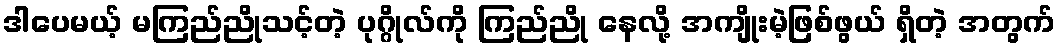
ဒါပေမယ့် မကြည်ညိုသင့်တဲ့ ပုဂ္ဂိုလ်ကို ကြည်ညို နေလို့ အကျိုးမဲ့ဖြစ်ဖွယ် ရှိတဲ့ အတွက်